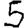
Digit: 5